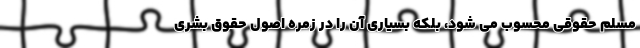
مسلم حقوقی محسوب می شود، بلکه بسیاری آن را در زمره اصول حقوق بشری